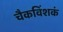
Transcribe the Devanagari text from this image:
चैकविंशकं